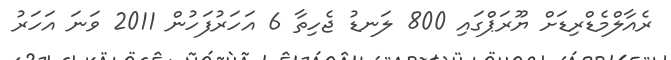
ރެއާލްމެޑްރިޑަށް ޔޫރަޕްގައި 800 ލަނޑު ޖެހިތާ 6 އަހަރުފަހުން 2011 ވަނަ އަހަރު